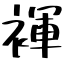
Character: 褌